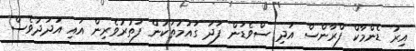
އިރު ޑެންމާކް ފްރާންސް އަދި ސްވެޑަން ފަދަ ގައުމުތަކުން ފަތުރުވެރިން އައި އަދަދުވެސް